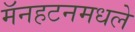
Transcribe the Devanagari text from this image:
मॅनहटनमधले